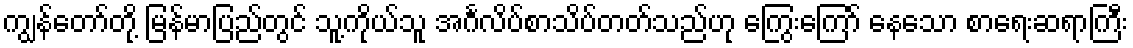
ကျွန်တော်တို့ မြန်မာပြည်တွင် သူ့ကိုယ်သူ အင်္ဂလိပ်စာသိပ်တတ်သည်ဟု ကြွေးကြော် နေသော စာရေးဆရာကြီး